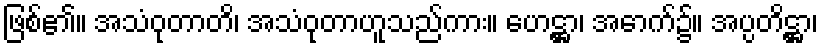
ဖြစ်၏။ အသံဝုတာတိ၊ အသံဝုတာဟူသည်ကား။ ဟေဋ္ဌာ၊ အောက်၌။ အပ္ပတိဋ္ဌာ၊